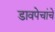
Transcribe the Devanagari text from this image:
डावपेचांचे